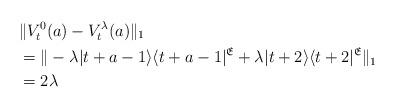
LaTeX: \begin{align*}&\|V_{t}^{0}(a)- V_{t}^{\lambda}(a)\|_{1}\\&=\|-\lambda |t+a-1\rangle\langle t+a-1|^{\mathfrak{E}} + \lambda|t+2\rangle\langle t+2|^{\mathfrak{E}}\|_{1}\\& = 2\lambda \end{align*}